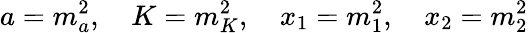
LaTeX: a=m_{a}^{2},\quad K=m_{K}^{2},\quad x_{1}=m_{1}^{2},\quad x_{2}=m_{2}^{2}